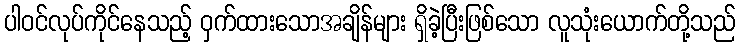
ပါဝင်လုပ်ကိုင်နေသည့် ဝှက်ထားသောအချိန်များ ရှိခဲ့ပြီးဖြစ်သော လူသုံးယောက်တို့သည်